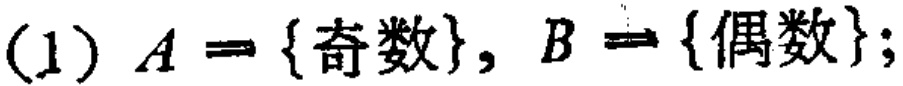
(1) \(A = \{奇数\}, B = \{偶数\}\);